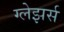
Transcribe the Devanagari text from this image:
ग्लेझर्स